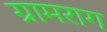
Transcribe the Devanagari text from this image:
ग्रामराग